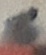
Text: 6